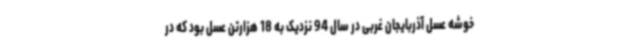
خوشه عسل آذربایجان غربی در سال 94 نزدیک به 18 هزارتن عسل بود که در